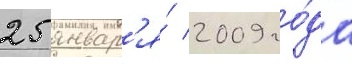
25 январ'я́ 2009 го́да